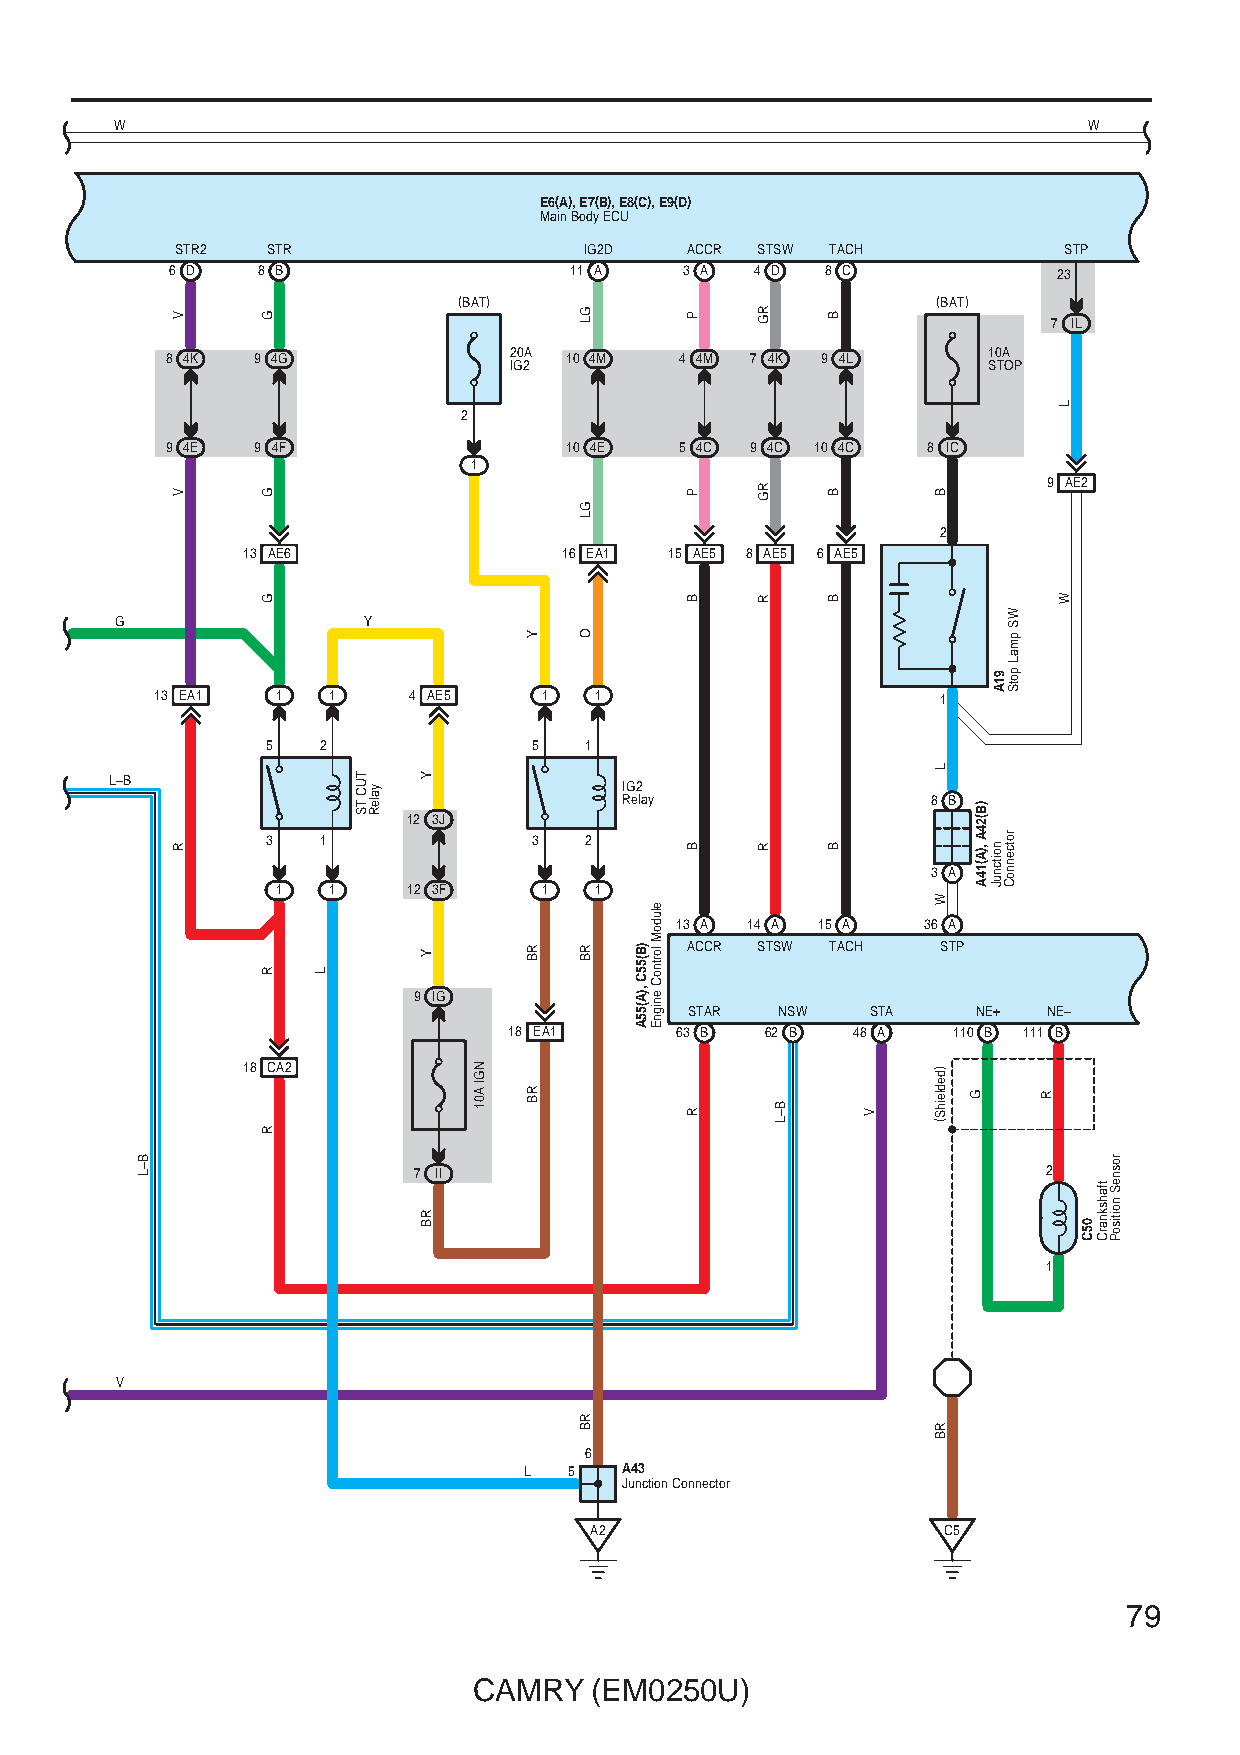
W                                                               W
 E6(A), E7(B), E8(C), E9(D)
 Main Body ECU
 STR2  STR                  IG2D  ACCR STSW TACH           STP
 6 D   8 B                  11 A   3 A  4 D  8 C            23
 (BAT)                           (BAT)
 7 IL
 8 4K  9 4G             20A 10 4M  4 4M 7 4K 9 4L      10A
 IG2                            STOP
 2
 9 4E  9 4F                10 4E   5 4C 9 4C 10 4C 8 IC
 1
 9 AE2
 2
 13 AE6               16 EA1 15 AE5 8 AE5 6 AE5
 G               Y
 13 EA1  1   1    4 AE5    1  1                      1
 5  2             5   1
 L–B                               IG2
 Relay                8 B
 12 3J
 3  1             3   2
 3 A
 1   1    12 3F    1  1
 13 A 14 A 15 A  36 A
 ACCR STSW TACH   STP
 9 IG
 STAR  NSW   STA    NE+ NE–
 18 EA1     63 B  62 B 48 A   110 B 111 B
 18 CA2
 7 II                                      2
 1
 V
 6
 L  5  A43
 Junction Connector
 A2                      C5
 79
 CAMRY   (EM0250U)
 B–L
 V
 V
 R
 G
 G
 G
 R
 R
 L
 TUC
 TS
 yaleR Y
 Y
 RB
 NGI
 A01
 Y
 RB
 RB
 GL
 GL
 O
 RB
 RB
 )B(55C
 ,)A(55A
 eludoM
 lortnoC
 enignE
 P
 P
 B
 B
 R
 RG
 RG
 R
 R
 B–L
 B
 B
 B
 B
 V
 B
 L
 W
 )dedleihS(
 RB
 )B(24A
 ,)A(14A
 G
 91A
 noitcnuJ
 WS
 pmaL
 potS
 rotcennoC
 R
 L
 W
 05C
 tfahsknarC
 rosneS
 noitisoP